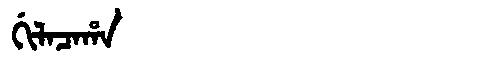
Manchu: ᡤᡳᠯᠠᠴᠠᡥᠠ
Romanization: GILACAHA